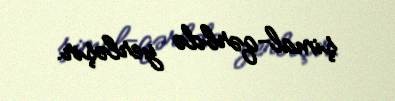
şimal-qərbdə yerləşir.